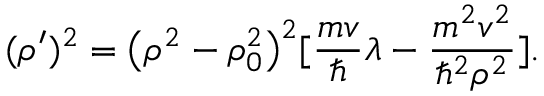
( \rho ^ { \prime } ) ^ { 2 } = \bigl ( \rho ^ { 2 } - \rho _ { 0 } ^ { 2 } \bigr ) ^ { 2 } [ { \frac { m v } { \hbar } } \lambda - { \frac { m ^ { 2 } v ^ { 2 } } { \hbar ^ { 2 } \rho ^ { 2 } } } ] .